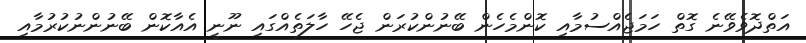
އަތްދޮވެވޭނެ ގޮތް ހަމަޖެއްސުމާއި ކޮންމެހެން ބޭނުންކުރަން ޖެހޭ ހާލަތެއްގައި ނޫނީ އެއާކޮން ބޭނުންނުކުރުމާއި